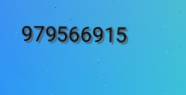
979566915